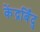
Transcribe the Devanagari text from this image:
केंद्रबिँदु